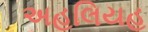
અહલિયહ